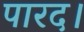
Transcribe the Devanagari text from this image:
पारद।